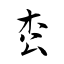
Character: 枩